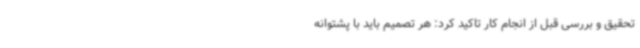
تحقیق و بررسی قبل از انجام کار تاکید کرد: هر تصمیم باید با پشتوانه